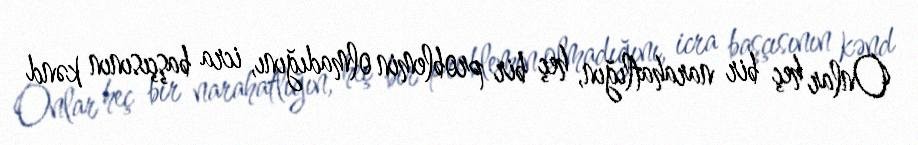
Onlar heç bir narahatlığın, heç bir problemin olmadığını, icra başçısının kənd